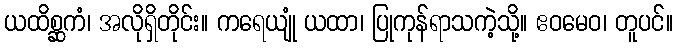
ယထိစ္ဆကံ၊ အလိုရှိတိုင်း။ ကရေယျုံ ယထာ၊ ပြုကုန်ရာသကဲ့သို့။ ဧဝမေဝ၊ တူပင်။